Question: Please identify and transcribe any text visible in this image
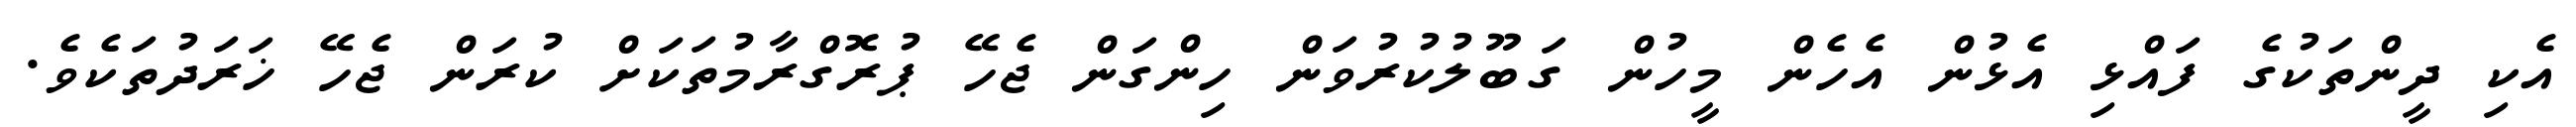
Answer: އެކި ދީންތަކުގެ ފައްޅި އެޅުން އެހެން މީހުން ގަބޫލުކުރުވަން ހިންގަން ޖެހޭ ޕުރޮގްރާމުތަކަށް ކުރަން ޖެހޭ ޚަރަދުތަކެވެ.